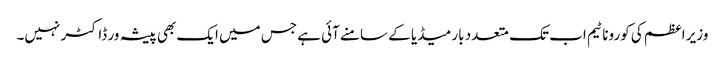
وزیر اعظم کی کورونا ٹیم اب تک متعدد بار میڈیا کے سامنے آئی ہے جس میں ایک بھی پیشہ ور ڈاکٹر نہیں۔